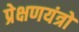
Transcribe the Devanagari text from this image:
प्रेक्षणयंत्रों